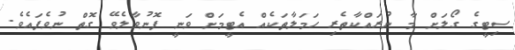
ސިޓީގެ ގޯލަށް މާ ނުރައްކާތެރި ހަމަލާތަކެއް އެޓީމަށް ވަނީ ފޮނުވާލެވޭ ގޮތް ނުވެފައެވެ.